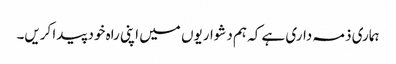
ہماری ذمہ داری ہے کہ ہم دشواریوں میں اپنی راہ خود پیدا کریں۔